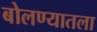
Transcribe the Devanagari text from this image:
बोलण्यातला